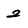
Character: 2